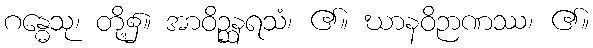
ဂန္ဓေသု၊ တို့၌။ အာဝိဉ္ဆနရသံ၊ ၏။ ဃာနဝိဉာဏဿ၊ ၏။